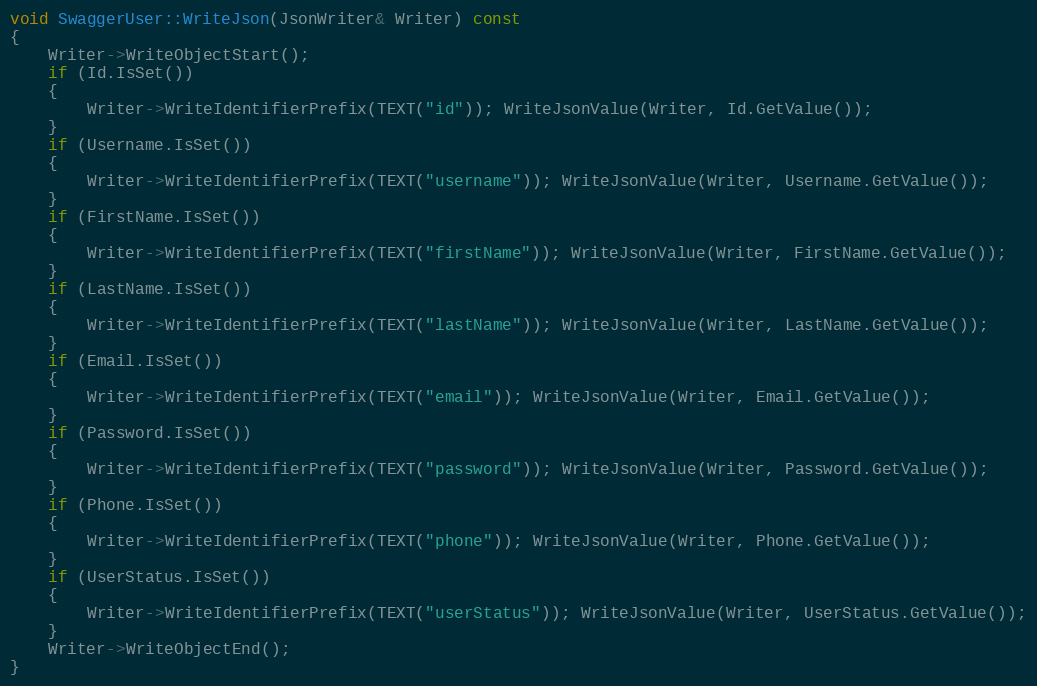
Language: C++
void SwaggerUser::WriteJson(JsonWriter& Writer) const
{
	Writer->WriteObjectStart();
	if (Id.IsSet())
	{
		Writer->WriteIdentifierPrefix(TEXT("id")); WriteJsonValue(Writer, Id.GetValue());
	}
	if (Username.IsSet())
	{
		Writer->WriteIdentifierPrefix(TEXT("username")); WriteJsonValue(Writer, Username.GetValue());
	}
	if (FirstName.IsSet())
	{
		Writer->WriteIdentifierPrefix(TEXT("firstName")); WriteJsonValue(Writer, FirstName.GetValue());
	}
	if (LastName.IsSet())
	{
		Writer->WriteIdentifierPrefix(TEXT("lastName")); WriteJsonValue(Writer, LastName.GetValue());
	}
	if (Email.IsSet())
	{
		Writer->WriteIdentifierPrefix(TEXT("email")); WriteJsonValue(Writer, Email.GetValue());
	}
	if (Password.IsSet())
	{
		Writer->WriteIdentifierPrefix(TEXT("password")); WriteJsonValue(Writer, Password.GetValue());
	}
	if (Phone.IsSet())
	{
		Writer->WriteIdentifierPrefix(TEXT("phone")); WriteJsonValue(Writer, Phone.GetValue());
	}
	if (UserStatus.IsSet())
	{
		Writer->WriteIdentifierPrefix(TEXT("userStatus")); WriteJsonValue(Writer, UserStatus.GetValue());
	}
	Writer->WriteObjectEnd();
}